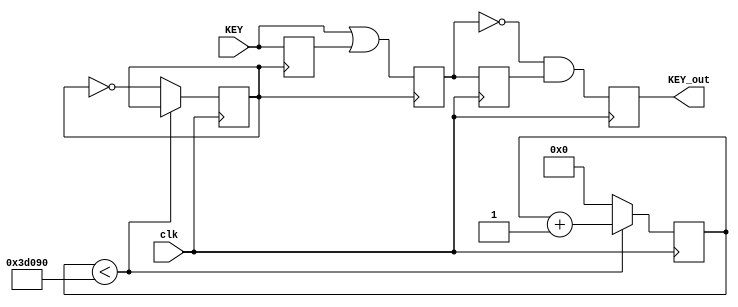
module keycontrol(
	clk,
	KEY,
	KEY_out
);

	input clk;
	input [3:0]	KEY;
	output reg	[3:0]	KEY_out = 0;		
	reg		[3:0]	KEY_q = 0;		
	reg		[3:0]	KEY_d1 = 0;		
	reg		[3:0]	KEY_d2 = 0;		
	reg		[29:0] cnt_100hz = 0;	
	reg		clk_100hz = 0;	

	always @(posedge clk) begin
		if(cnt_100hz < 250000)		
			cnt_100hz <= cnt_100hz + 1;	
		else begin					
			clk_100hz <= ~clk_100hz;
			cnt_100hz <= 0;
		end
	end

	always @(posedge clk_100hz) begin
		KEY_d1 <= KEY;				
		KEY_d2 <= KEY | KEY_d1;		
	end
	
	always@(posedge clk)	begin
		KEY_q <= KEY_d2;				
		KEY_out <= ~KEY_d2 & KEY_q;
	end

endmodule